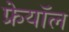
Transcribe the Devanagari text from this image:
फ्रेयॉल